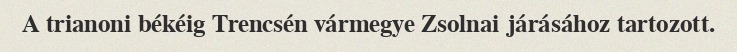
A trianoni békéig Trencsén vármegye Zsolnai járásához tartozott.